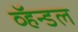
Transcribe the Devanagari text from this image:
व्हॅन्डल